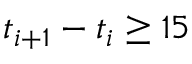
t _ { i + 1 } - t _ { i } \geq 1 5